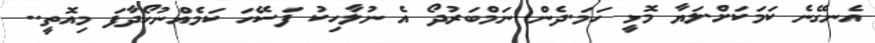
އެނގޭނެ ކަމަކަށް.ލަޔާ މޮޅީ ހަމަ.ދެން ނަމްބަރުދޯ އެ ނުލާހިކު ފަސޭހަ ކަމެއްނުހޯދާފަ މިއޮތީ..